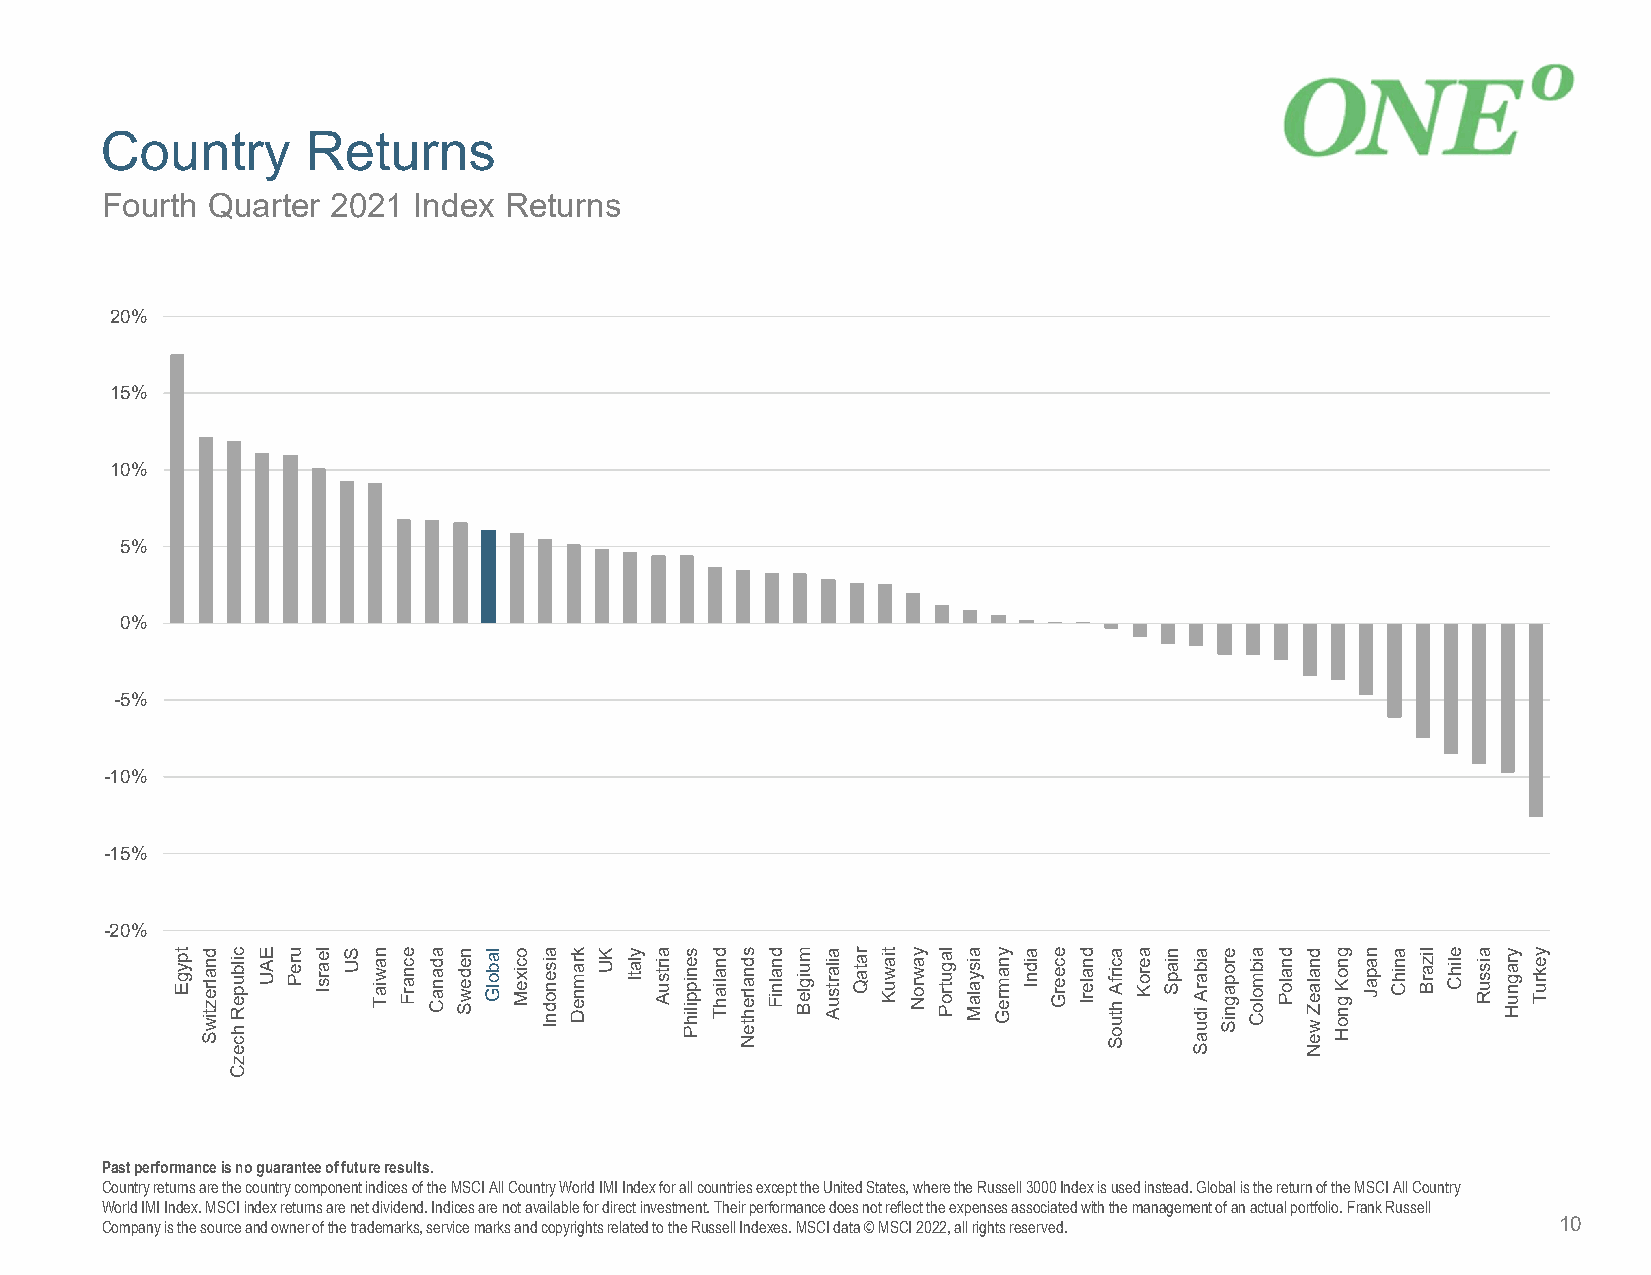
Country      Returns
 Fourth Quarter 2021 Index Returns
 20%
 15%
 10%
 5%
 0%
 -5%
 -10%
 -15%
 -20%
 Past performance is no guarantee of future results.
 Country returns are the country component indices of the MSCI All Country World IMI Index for all countries except the UnitedStates, where the Russell 3000 Index is used instead. Global is the return of the MSCI All Country
 World IMI Index. MSCI index returns are net dividend. Indices are not available for direct investment. Their performance doesnot reflect the expenses associated with the management of an actual portfolio. Frank Russell
 Company is the source and owner of the trademarks, service marks and copyrights related to the Russell Indexes. MSCI data © MSCI2022, all rights reserved. 10
 tpygE dnalreztiwS cilbupeR
 hcezC
 EAU ureP learsI SU nawiaT ecnarF adanaC nedewS labolG ocixeM aisenodnI kramneD KU ylatI airtsuA senippilihP dnaliahT sdnalrehteN dnalniF muigleB ailartsuA rataQ tiawuK yawroN lagutroP aisyalaM ynamreG aidnI eceerG dnalerI acirfA
 htuoS
 aeroK niapS aibarA
 iduaS
 eropagniS aibmoloC dnaloP dnalaeZ
 weN
 gnoK
 gnoH
 napaJ anihC lizarB elihC aissuR yragnuH yekruT